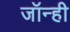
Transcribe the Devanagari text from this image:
जॉन्ही